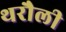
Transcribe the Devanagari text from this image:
थरौली